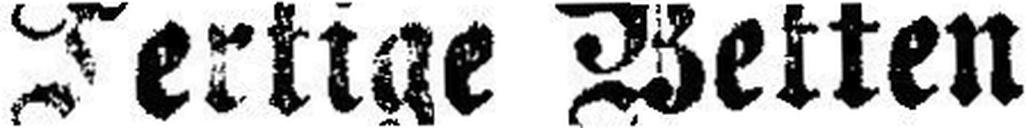
Tertige Betten